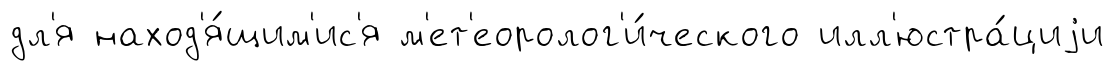
дл'я наход'я́щим'ис'я м'ет'еоролог'и́ческого илл'юстра́циjи